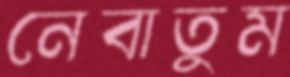
নেবাতুম